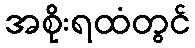
အစိုးရထံတွင်